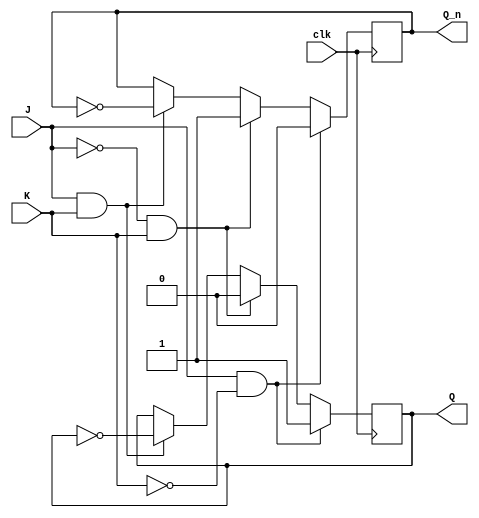
module jk_flipflop (
  input J, // input J
  input K, // input K
  input clk, // clock input
  output reg Q, // output Q
  output reg Q_n // complement output Q'
);

// sequential logic for JK flip-flop
always @(posedge clk) begin
  if (J & ~K) begin
    Q <= 1'b1;
    Q_n <= 1'b0;
  end else if (~J & K) begin
    Q <= 1'b0;
    Q_n <= 1'b1;
  end else if (J & K) begin
    Q <= ~Q;
    Q_n <= ~Q_n;
  end
end

endmodule